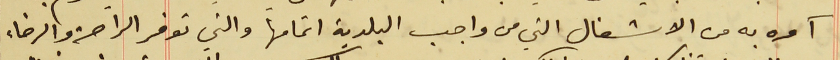
آمره به من الاشغال التي من واجب البلدية اتمامها والتي توفر الراحة والرخاء